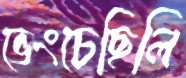
ভেংচেছিলি